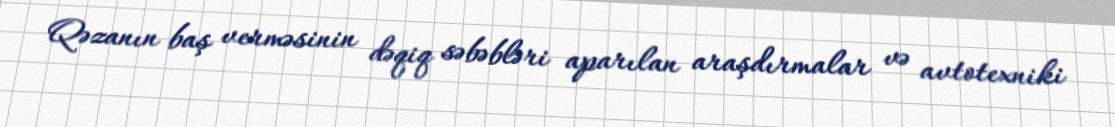
Qəzanın baş verməsinin dəqiq səbəbləri aparılan araşdırmalar və avtotexniki